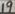
Text: 19